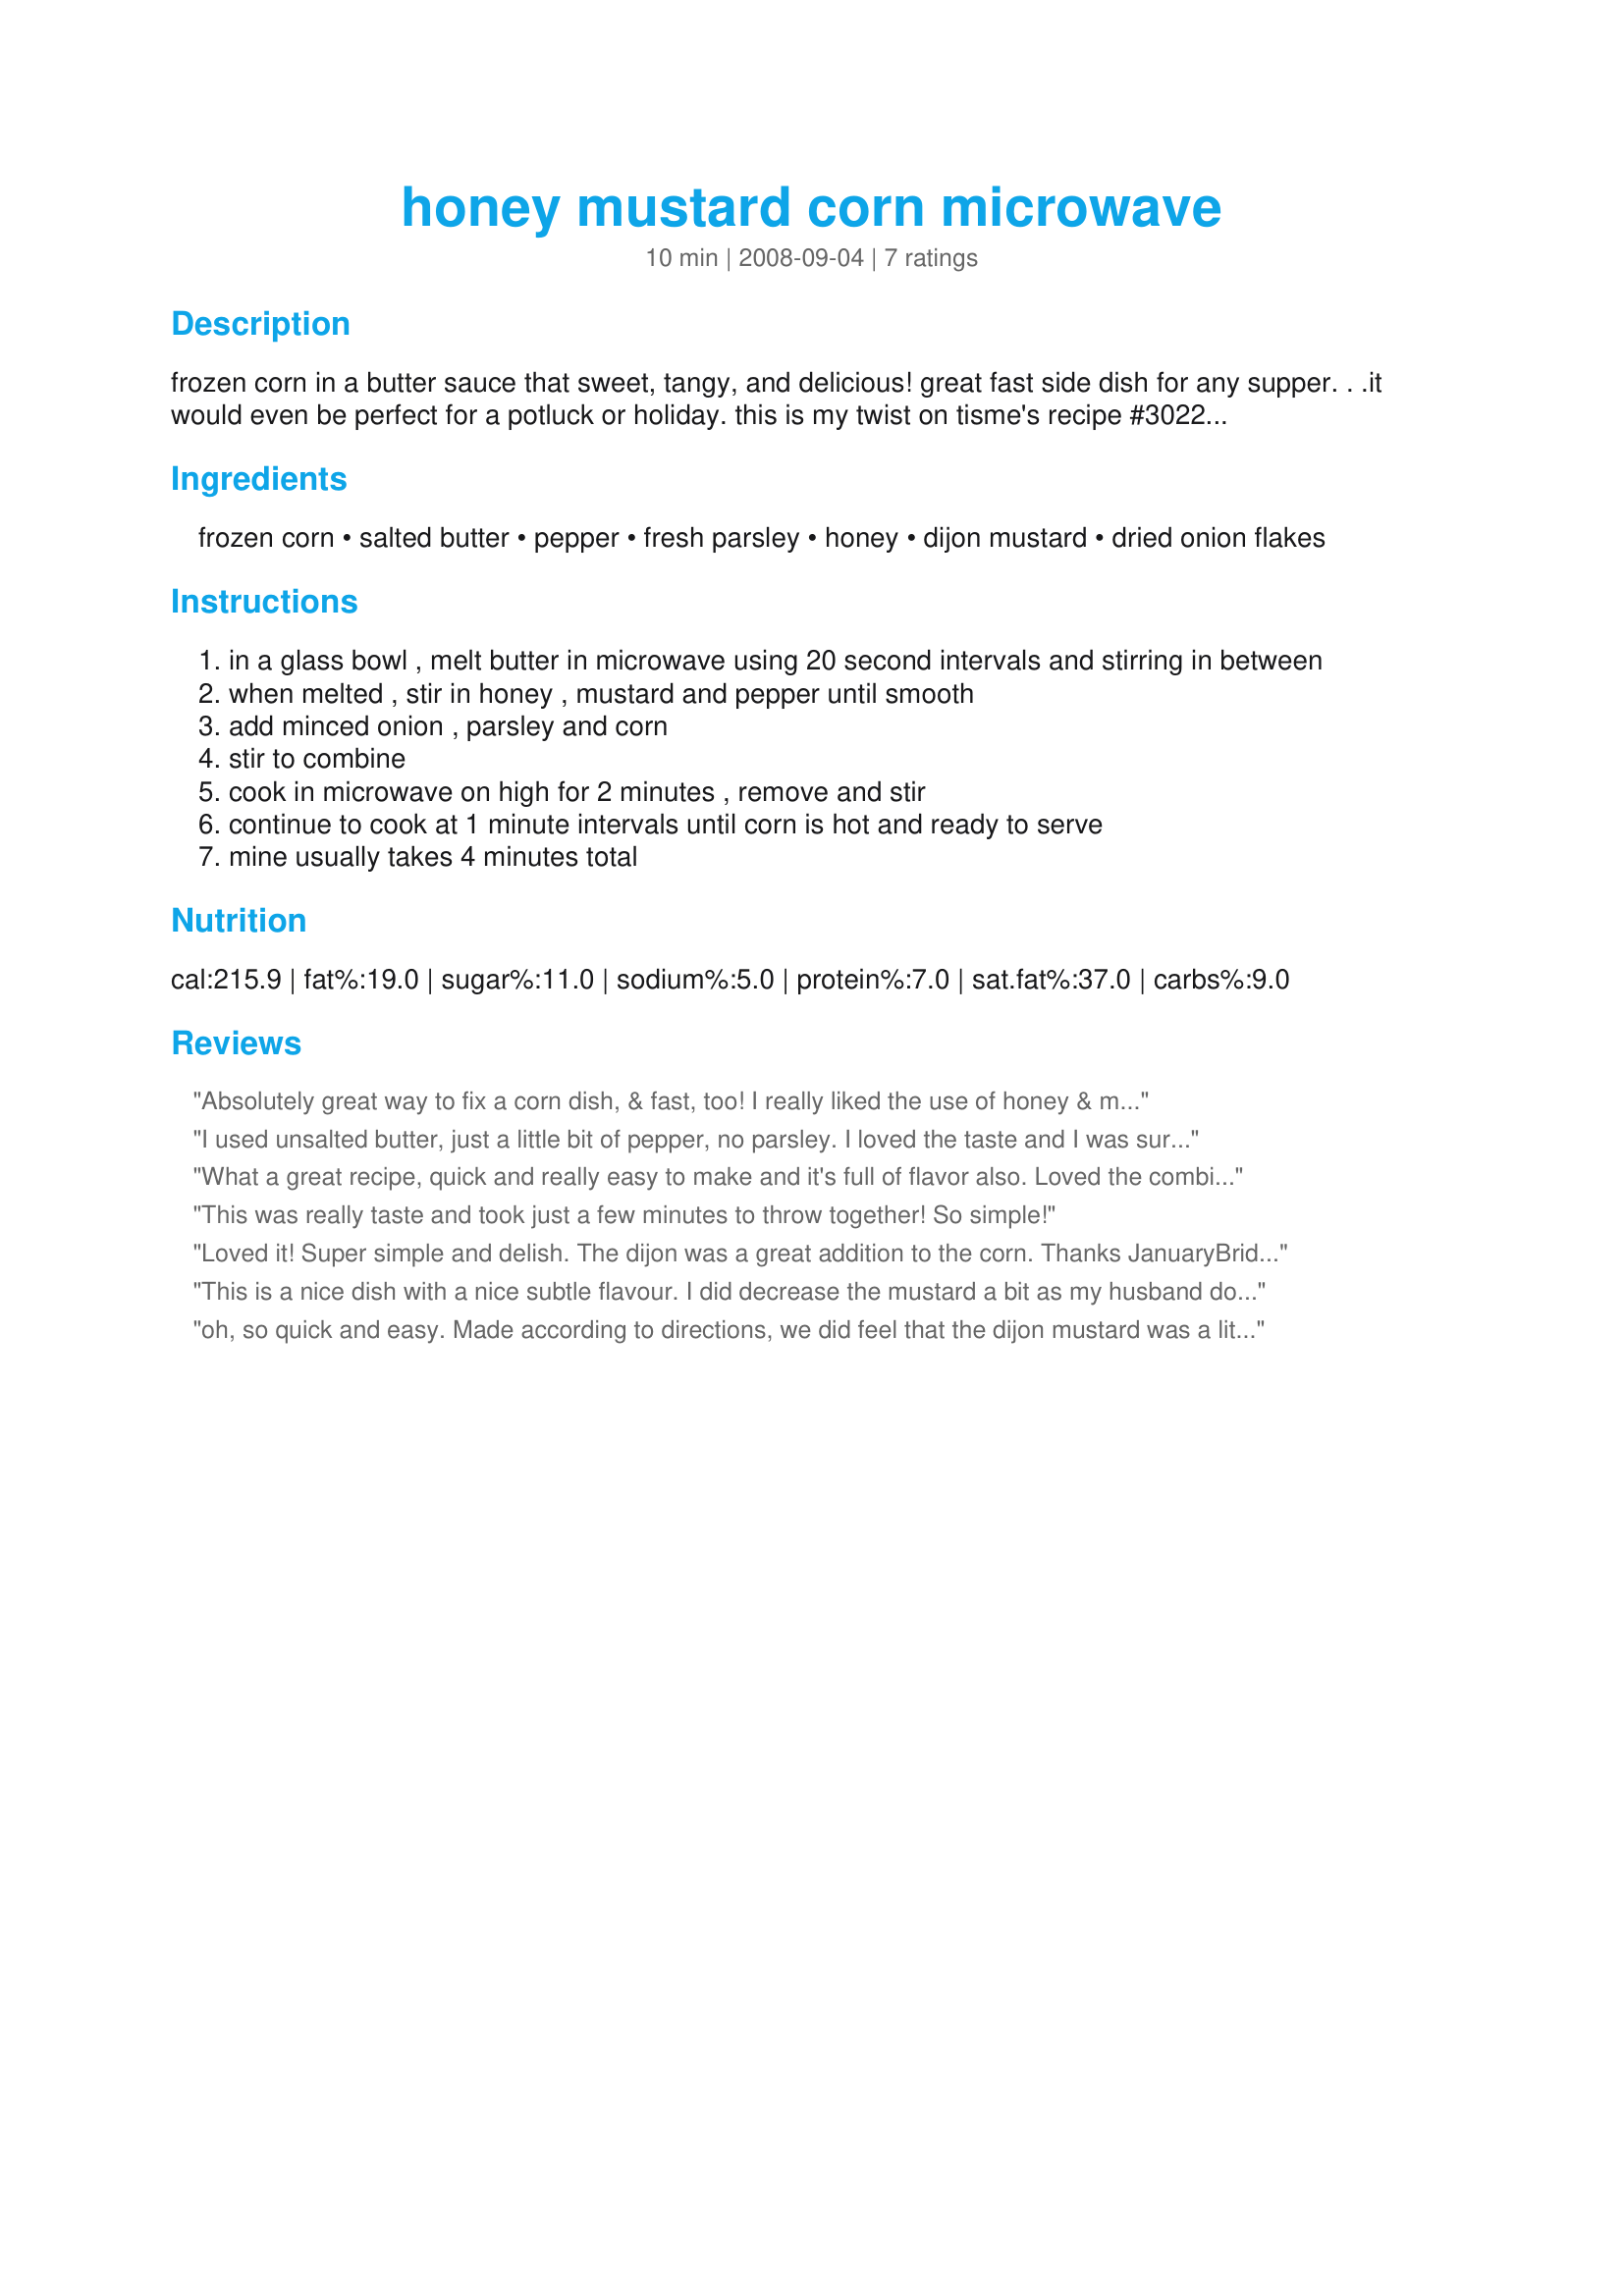
honey mustard corn microwave
Preparation time: 10 minutes

frozen corn in a butter sauce that sweet, tangy, and delicious! great fast side dish for any supper. . .it would even be perfect for a potluck or holiday. this is my twist on tisme's recipe #302284 which we love, but we like the savory and sweet and we don't always have the time to make corn on the cob (but we always have frozen corn on hand).

Ingredients:
frozen corn, salted butter, pepper, fresh parsley, honey, dijon mustard, dried onion flakes

Steps:
in a glass bowl , melt butter in microwave using 20 second intervals and stirring in between
when melted , stir in honey , mustard and pepper until smooth
add minced onion , parsley and corn
stir to combine
cook in microwave on high for 2 minutes , remove and stir
continue to cook at 1 minute intervals until corn is hot and ready to serve
mine usually takes 4 minutes total

Reviews:
Absolutely great way to fix a corn dish, & fast, too! I really liked the use of honey & mustard in the real keeper of a recipe! Thanks for sharing the recipe! [Tagged, made & reviewed as a kidnapped recipe in the Aus/NZ Recipe Swap #20]
I used unsalted butter, just a little bit of pepper, no parsley. I loved the taste and I was surprised that my son loved it as much as me. I was afraid he wouldn't like because of the Dijon mustard. Thanks January Bride :) Made for the Zwizzle Chicks of ZWT
What a great recipe, quick and really easy to make and it's full of flavor also. Loved the combination of honey, dijon mustard, parsley and onion in this tasty corn dish. My only variation to your dish was to use fresh minced onion in place of the flakes. Thank you for sharing this sweet & savory corn recipe JanuaryBride, made for the Fearless Red Dragons - ZWT- 8 - France.
This was really taste and took just a few minutes to throw together! So simple!
Loved it! Super simple and delish. The dijon was a great addition to the corn. Thanks JanuaryBride for sharing. Made for ZWT8 France.
This is a nice dish with a nice subtle flavour. I did decrease the mustard a bit as my husband doesn't like it. I wish I hadn't as I don't think he would have picked it out as mustard and I would have liked a little more. Made for ZWT X-tra Hot Dishes.
oh, so quick and easy. Made according to directions, we did feel that the dijon mustard was a little overpowering (might have been the type I had), next time I might use a little less. But a great way to make corn. Made for ZWT6
